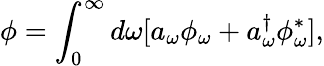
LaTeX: \phi=\int_{0}^{\infty}d\omega[a_{\omega}\phi_{\omega}+a_{\omega}^{\dagger}\phi_{\omega}^{\ast}],